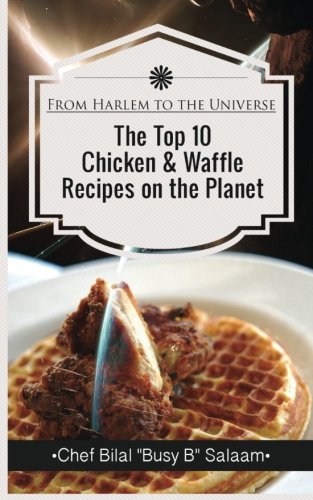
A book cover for From Harlem To The Universe The Top 10  Chicken & Waffle  Recipes on the Planet; Chef Bilal Busy B Salaam; Cookbooks, Food & Wine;